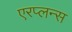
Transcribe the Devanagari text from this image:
एरप्लन्स